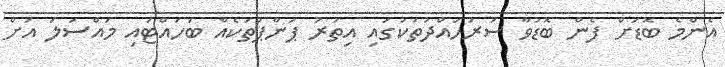
އެންމެ ބޮޑަށް ފެން ބޮޑުވާ ސަރަހައްދުތަކުގައި އިތުރު ޕަންޕްތަކެއް ބަހައްޓައި މައްސަލަ އަށް